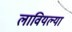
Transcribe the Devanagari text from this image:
लावियल्या